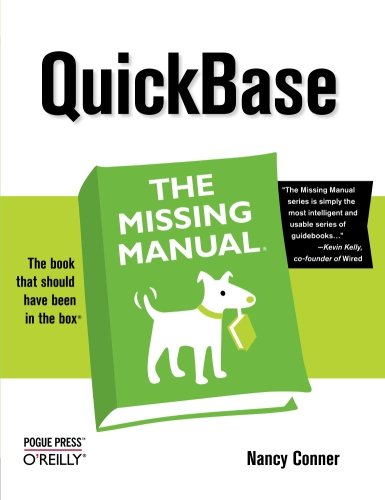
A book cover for QuickBase: The Missing Manual; Nancy Conner; Computers & Technology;